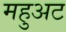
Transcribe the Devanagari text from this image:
महुअट